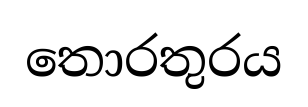
තොරතුරය